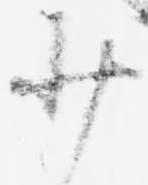
少